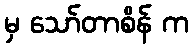
မှ သော်တာစိန် က